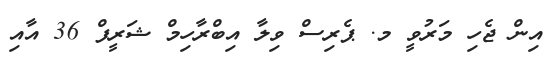
އިން ޖެހި މަރުވީ މ. ޕެރިސް ވިލާ އިބްރާހިމް ޝަރީފް 36 އާއި